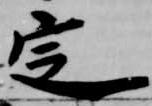
定